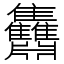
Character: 䨊